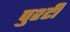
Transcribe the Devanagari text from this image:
पुश्टी